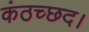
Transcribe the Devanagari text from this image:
कंठच्छद।